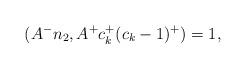
LaTeX: \begin{align*} (A^-n_2, A^+c_k^+(c_k - 1)^+) =1, \end{align*}